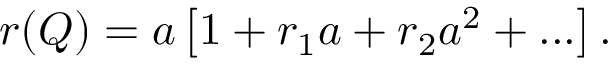
r ( Q ) = a \left[ 1 + r _ { 1 } a + r _ { 2 } a ^ { 2 } + . . . \right] .